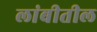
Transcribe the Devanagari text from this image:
लांबीतील